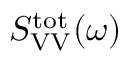
S _ { \mathrm { V V } } ^ { \mathrm { t o t } } ( \omega )